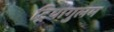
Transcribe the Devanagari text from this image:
ट्रियांगुलम